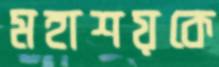
মহাশয়কে